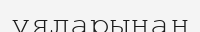
ұяларынан